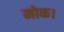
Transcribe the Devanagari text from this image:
मोक।